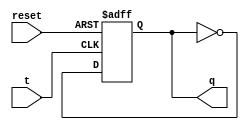
module t_latch (
    input t,
    input reset,
    output reg q
);

always @(posedge t, posedge reset)
begin
    if (reset)
        q <= 1'b0;
    else if (t)
        q <= ~q;
end

endmodule